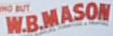
WBMASON